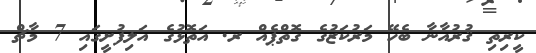
ކީރިތި ޤުރުއާނާ ބެހޭ މަރުކަޒުގެ ގޮތްޕެއް ރ. އަތޮޅުގެ އަލިފުށީގައި 7 މާޗް